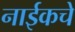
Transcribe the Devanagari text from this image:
नाईकचे